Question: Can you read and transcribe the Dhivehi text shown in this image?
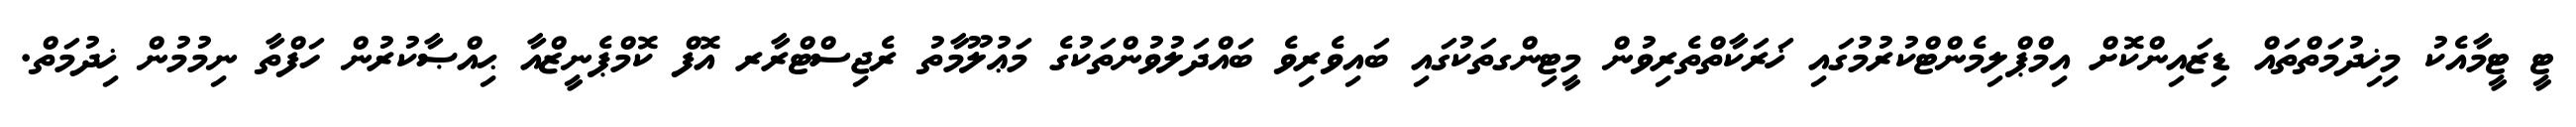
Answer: ޓީ ޓީމާއެކު މިޚިދުމަތްތައް ޑިޒައިންކޮށް އިމްޕްލިމެންޓްކުރުމުގައި ޚަރަކާތްތެރިވުން މީޓިންގތަކުގައި ބައިވެރިވެ ބައްދަލުވުންތަކުގެ މަޢުލޫމާތު ރެޖިސްޓްރާރ އޮފް ކޮމްޕެނީޒްއާ ޙިއްޞާކުރުން ހަފްތާ ނިމުމުން ޚިދުމަތް.